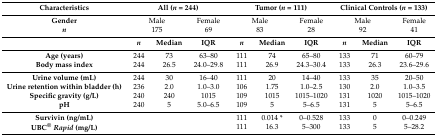
<table><thead><tr><td><b>Characteristics</b></td><td colspan="3"><b>All (<i>n</i> = 244)</b></td><td colspan="3"><b>Tumor (<i>n</i> = 111)</b></td><td colspan="3"><b>Clinical Controls (<i>n</i> = 133)</b></td></tr></thead><tbody><tr><td><b>Gender</b></td><td colspan="2">Male</td><td>Female</td><td colspan="2">Male</td><td>Female</td><td colspan="2">Male</td><td>Female</td></tr><tr><td><b><i>n</i></b></td><td colspan="2">175</td><td>69</td><td colspan="2">83</td><td>28</td><td colspan="2">92</td><td>41</td></tr><tr><td></td><td><b><i>n</i></b></td><td><b>Median</b></td><td><b>IQR</b></td><td><b><i>n</i></b></td><td><b>Median</b></td><td><b>IQR</b></td><td><b><i>n</i></b></td><td><b>Median</b></td><td><b>IQR</b></td></tr><tr><td><b>Age (years)</b></td><td>244</td><td>73</td><td>63–80</td><td>111</td><td>74</td><td>65–80</td><td>133</td><td>71</td><td>60–79</td></tr><tr><td><b>Body mass index</b></td><td>244</td><td>26.5</td><td>24.0–29.8</td><td>111</td><td>26.9</td><td>24.3–30.4</td><td>133</td><td>26.3</td><td>23.6–29.6</td></tr><tr><td><b>Urine volume (mL)</b></td><td>244</td><td>30</td><td>16–40</td><td>111</td><td>20</td><td>14–40</td><td>133</td><td>35</td><td>20–50</td></tr><tr><td><b>Urine retention within bladder (h)</b></td><td>236</td><td>2.0</td><td>1.0–3.0</td><td>106</td><td>1.75</td><td>1.0–2.5</td><td>130</td><td>2.0</td><td>1.0–3.5</td></tr><tr><td><b>Specific gravity (g/L)</b></td><td>240</td><td>240</td><td>1015</td><td>109</td><td>1015</td><td>1015–1020</td><td>131</td><td>1020</td><td>1015–1020</td></tr><tr><td><b>pH</b></td><td>240</td><td>5</td><td>5.0–6.5</td><td>109</td><td>5</td><td>5–6.5</td><td>131</td><td>5</td><td>5–6.5</td></tr><tr><td><b>Survivin (ng/mL)</b></td><td></td><td></td><td></td><td>111</td><td>0.014 *</td><td>0–0.528</td><td>133</td><td>0</td><td>0–0.249</td></tr><tr><td><b>UBC<sup>®</sup><i>Rapid</i> (mg/L)</b></td><td></td><td></td><td></td><td>111</td><td>16.3</td><td>5–300</td><td>133</td><td>5</td><td>5–28.2</td></tr></tbody></table>